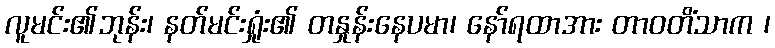
လူမင်း၏ဘုန်း၊ နတ်မင်းရှုံး၏ တနှုန်းနေပမာ၊ နော်ရထာအား တာဝတိံသာက ၊